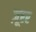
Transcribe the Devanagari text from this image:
ज़ूरर